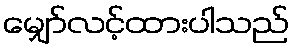
မျှော်လင့်ထားပါသည်